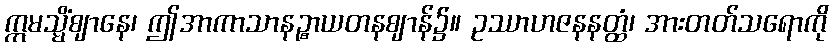
ဣမသ္မိံဈာနေ၊ ဤအာကာသာနဉ္စာယတနဈာန်၌။ ဥဿာဟဇနနတ္ထံ၊ အားတတ်သရောကို